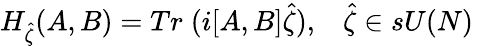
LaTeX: H_{\widehat{\zeta}}(A,B)=Tr\; (i[A,B]\widehat{\zeta}),\; \; \; \widehat{\zeta}\in sU(N)\,